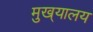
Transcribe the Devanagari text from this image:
मुख्‌यालय